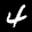
Label: 4